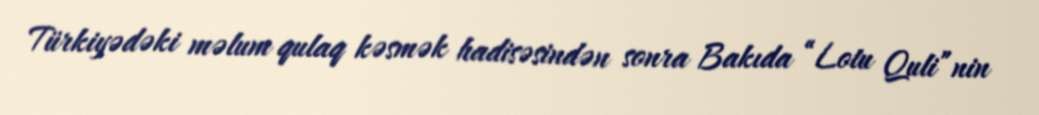
Türkiyədəki məlum qulaq kəsmək hadisəsindən sonra Bakıda “Lotu Quli”nin